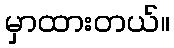
မှာထားတယ်။